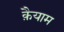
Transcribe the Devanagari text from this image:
क़ैयाम